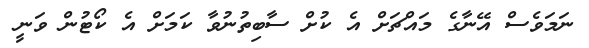
ނަމަވެސް އޭނާގެ މައްޗަށް އެ ކުށް ސާބިތުނުވާ ކަމަށް އެ ކޯޓުން ވަނީ